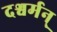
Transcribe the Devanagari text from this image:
दश्वर्मन्‌